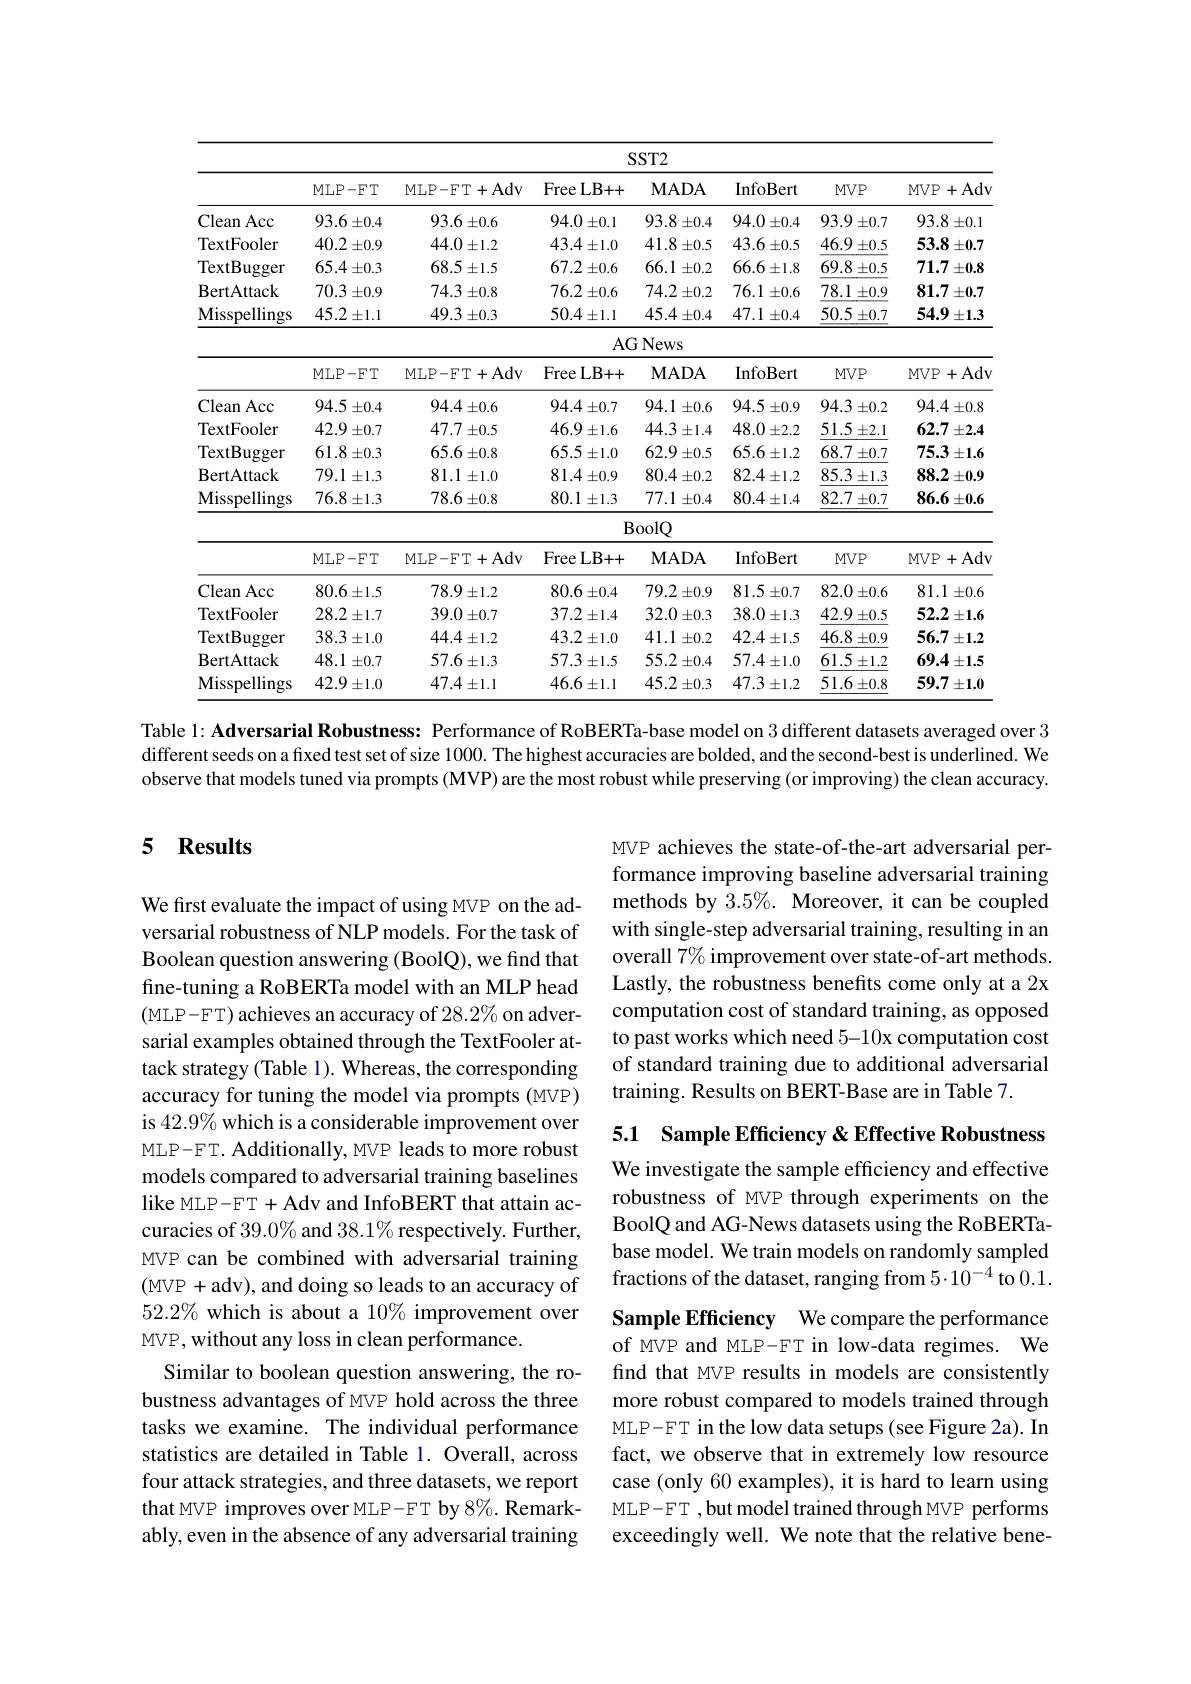
<table>
	<tbody>
		<tr>
			<th> </th>
			<th colspan="7">$SST2$</th>
		</tr>
		<tr>
			<th> </th>
			<th>MLP- FT</th>
			<th>MLP- FT+ Adv</th>
			<th>FreeLB+ + </th>
			<th>$\mathbf{MADA}$</th>
			<th>InfoBert</th>
			<th>$MVP$</th>
			<th>$MVP$ +Adv </th>
		</tr>
		<tr>
			<td>Clean $1Acc$</td>
			<td>93.6 $\pm0.4$ 1</td>
			<td>$93.6\pm0.6$</td>
			<td>94.0 $\pm0.1$</td>
			<td>93.8 $\pm0.4$</td>
			<td>94.0 $\pm0.4$</td>
			<td>93.9 $\pm0.7$</td>
			<td>93.8 $\pm0.1$ 、</td>
		</tr>
		<tr>
			<td>TextFooler</td>
			<td>$40.2\pm0.9$</td>
			<td>44.0= $\pm1.2$</td>
			<td>$43.4\pm1.0$</td>
			<td>41.8 $3\pm0.5$</td>
			<td>$43.6\pm0.5$</td>
			<td>46.9 $\pm0.5$</td>
			<td>53.8 $\pm0.7$</td>
		</tr>
		<tr>
			<td>TextBugger</td>
			<td>$65.4\pm0.3$</td>
			<td>$68.5\pm1.5$</td>
			<td>$67.2\pm0.6$</td>
			<td>66.1 $\pm0.2$</td>
			<td>$66.6\pm1.8$</td>
			<td>69.8 $\pm0.5$ 1 T</td>
			<td>71.7 $\pm0.8$</td>
		</tr>
		<tr>
			<td>BertAttack</td>
			<td>70.3 $\pm0.9$</td>
			<td>$74.3\pm0.8$</td>
			<td>$76.2\pm0.6$</td>
			<td>$74.2\pm0.2$</td>
			<td>76.1 $\pm0.6$</td>
			<td>$78.1\pm0.9$</td>
			<td>81.7 $\pm0.7$</td>
		</tr>
		<tr>
			<td>Misspellings</td>
			<td>$45.2\pm1.1$</td>
			<td>$49.3\pm0.3$</td>
			<td>$50.4\pm1.1$</td>
			<td>$45.4\pm0.4$</td>
			<td>47.1 $\pm0.4$</td>
			<td>$\underline{50.5\pm0.7}$</td>
			<td>54.9 $\pm1.3$</td>
		</tr>
		<tr>
			<td> </td>
			<td> </td>
			<td> </td>
			<td>$AC$</td>
			<td>iNews</td>
			<td> </td>
			<td> </td>
			<td> </td>
		</tr>
		<tr>
			<td> </td>
			<td>MLP- FT</td>
			<td>MLP- FT+ Adv</td>
			<td>FreeLB+ + 1</td>
			<td>$\mathbf{MADA}$</td>
			<td>InfoBert</td>
			<td>$MVP$</td>
			<td>+Adv $MVP$</td>
		</tr>
		<tr>
			<td>Clean Acc</td>
			<td>94.5 $\pm0.4$ .</td>
			<td>$94.4\pm0.6$</td>
			<td>$94.4\pm0.7$</td>
			<td>94.1 $\pm0.6$</td>
			<td>94.5 $5\pm0.9$</td>
			<td>94.3 $\pm0.2$</td>
			<td>$94.4\pm0.8$</td>
		</tr>
		<tr>
			<td>TextFooler</td>
			<td>42.9 $\pm0.7$</td>
			<td>$47.7\pm0.5$</td>
			<td>$46.9\pm1.6$</td>
			<td>$44.3\pm1.4$</td>
			<td>48.0 $\pm2.2$ 1. T</td>
			<td>$51.5\pm2.1$</td>
			<td>62.7 $\pm2.4$</td>
		</tr>
		<tr>
			<td>TextBugger</td>
			<td>$61.8\pm0.3$</td>
			<td>$65.6\pm0.8$</td>
			<td>$65.5\pm1.0$</td>
			<td>62.9 $\pm0.5$</td>
			<td>$$65.6\pm1.2$$</td>
			<td>$68.7\pm0.7$</td>
			<td>75.3 $\pm1.6$</td>
		</tr>
		<tr>
			<td>BertAttack</td>
			<td>79.1 $\pm1.3$ 11</td>
			<td>$81.1\pm1.0$</td>
			<td>$81.4\pm0.9$</td>
			<td>$80.4\pm0.2$</td>
			<td>$82.4\pm1.2$</td>
			<td>$85.3\pm1.3$</td>
			<td>$88.2\pm0.9$</td>
		</tr>
		<tr>
			<td>Misspellings</td>
			<td>76.8 $\pm1.3$</td>
			<td>$78.6\pm0.8$</td>
			<td>80.1 $\pm1.3$</td>
			<td>77.1 $\pm0.4$</td>
			<td>$80.4\pm1.4$</td>
			<td>$82.7\pm0.7$</td>
			<td>$86.6\pm0.6$</td>
		</tr>
		<tr>
			<td> </td>
			<td> </td>
			<td> </td>
			<td>$B$</td>
			<td>oolQ</td>
			<td> </td>
			<td> </td>
			<td> </td>
		</tr>
		<tr>
			<td> </td>
			<td>MLP- FT</td>
			<td>MLP- FT+ Adv</td>
			<td>FreeLB+ + </td>
			<td>$\mathbf{MADA}$</td>
			<td>InfoBert</td>
			<td>$MVP$</td>
			<td>$MVP$ +Adv</td>
		</tr>
		<tr>
			<td>Clean Acc</td>
			<td>$80.6\pm1.5$</td>
			<td>$78.9\pm1.2$</td>
			<td>$80.6\pm0.4$</td>
			<td>$79.2\pm0.9$</td>
			<td>$81.5\pm0.7$</td>
			<td>$82.0\pm0.6$</td>
			<td>81.1 $\pm0.6$</td>
		</tr>
		<tr>
			<td>TextFooler</td>
			<td>$28.2\pm1.7$</td>
			<td>39.0= $\pm0.7$</td>
			<td>$37.2\pm1.4$</td>
			<td>32.0 $\pm0.3$</td>
			<td>$38.0\pm1.3$</td>
			<td>$42.9\pm0.5$</td>
			<td>$52.2\pm1.6$</td>
		</tr>
		<tr>
			<td>TextBugger</td>
			<td>38.3 $\pm1.0$</td>
			<td>$44.4\pm1.2$</td>
			<td>$43.2\pm1.0$</td>
			<td>41.1 $\pm0.2$</td>
			<td>$42.4\pm1.5$</td>
			<td>$46.8\pm0.9$</td>
			<td>56.7 $\pm1.2$ $-\frac{1}{2}$</td>
		</tr>
		<tr>
			<td>BertAttack</td>
			<td>48.1 $\pm0.7$</td>
			<td>$57.6\pm1.3$</td>
			<td>$57.3\pm1.5$</td>
			<td>$55.2\pm0.4$</td>
			<td>$57.4\pm1.0$</td>
			<td>$61.5\pm1.2$</td>
			<td>$69.4\pm1.5$</td>
		</tr>
		<tr>
			<td>Misspellings</td>
			<td>$42.9\pm1.0$</td>
			<td>$47.4\pm1.1$</td>
			<td>$46.6\pm1.1$</td>
			<td>$45.2\pm0.3$</td>
			<td>$47.3\pm1.2$</td>
			<td>$51.6\pm0.8$</td>
			<td>59.7 $\pm1.0$</td>
		</tr>
	</tbody>
</table>
Table 1: Adversarial Robustness: Performance of RoBERTa-base model on 3 different datasets averaged over 3

different seeds on a fixed test set of size 1000. The highest accuracies are bolded, and the second-best is underlined. We observe that models tuned via prompts (MVP) are the most robust while preserving (or improving) the clean accuracy.

## 5 Results

MVP achieves the state-of-the-art adversarial performance improving baseline adversarial training methods by 3.5%. Moreover, it can be coupled with single-step adversarial training, resulting in an overall $7\%$ improvement over state-of-art methods. Lastly, the robustness benefits come only at a 2x computation cost of standard training, as opposed to past works which need 5-10x computation cost of standard training due to additional adversarial training. Results on BERT-Base are in Table 7.

5.1 Sample Efficiency &Effective Robustness

We first evaluate the impact of using MVP on the adversarial robustness of NLP models. For the task of Boolean question answering (BoolQ), we find that fine-tuning a RoBERTa model with an MLP head (MLP-FT) achieves an accuracy of 28.2% on adversarial examples obtained through the TextFooler attack strategy (Table 1). Whereas, the corresponding accuracy for tuning the model via prompts (MVP) is 42.9% which is a considerable improvement over MLP-FT. Additionally, MVP leads to more robust models compared to adversarial training baselines like MLP -FT + Adv and InfoBERT that attain accuracies of $39.0\%$ and $38.1\%$ respectively. Further, MVP can be combined with adversarial training (MVP +adv), and doing so leads to an accuracy of $52.2\%$ which is about a $10\%$ improvement over MVP , without any loss in clean performance.
Similar to boolean question answering, the robustness advantages of MVP hold across the three tasks we examine. The individual performance statistics are detailed in Table 1. Overall, across four attack strategies, and three datasets, we report that MVP improves over MLP-FT by 8%. Remarkably, even in the absence of any adversarial training

We investigate the sample efficiency and effective robustness of MVP through experiments on the BoolQ and AG-News datasets using the RoBERTabase model. We train models on randomly sampled fractions of the dataset, ranging from 5·10°4 to 0.1.

Sample Efficiency We compare the performance of MVP and MLP-FT in low-data regimes. We find that MVP results in models are consistently more robust compared to models trained through MLP-FT in the low data setups (see Figure 2a). In fact, we observe that in extremely low resource case (only 60 examples), it is hard to learn using MLP-FT ,but model trained through MVP performs exceedingly well. We note that the relative bene-